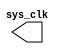
`timescale 1ns/1ps

module clock_gen_module(
    output sys_clk
);
    always
        #200;
        assign sys_clk = !sys_clk;
endmodule